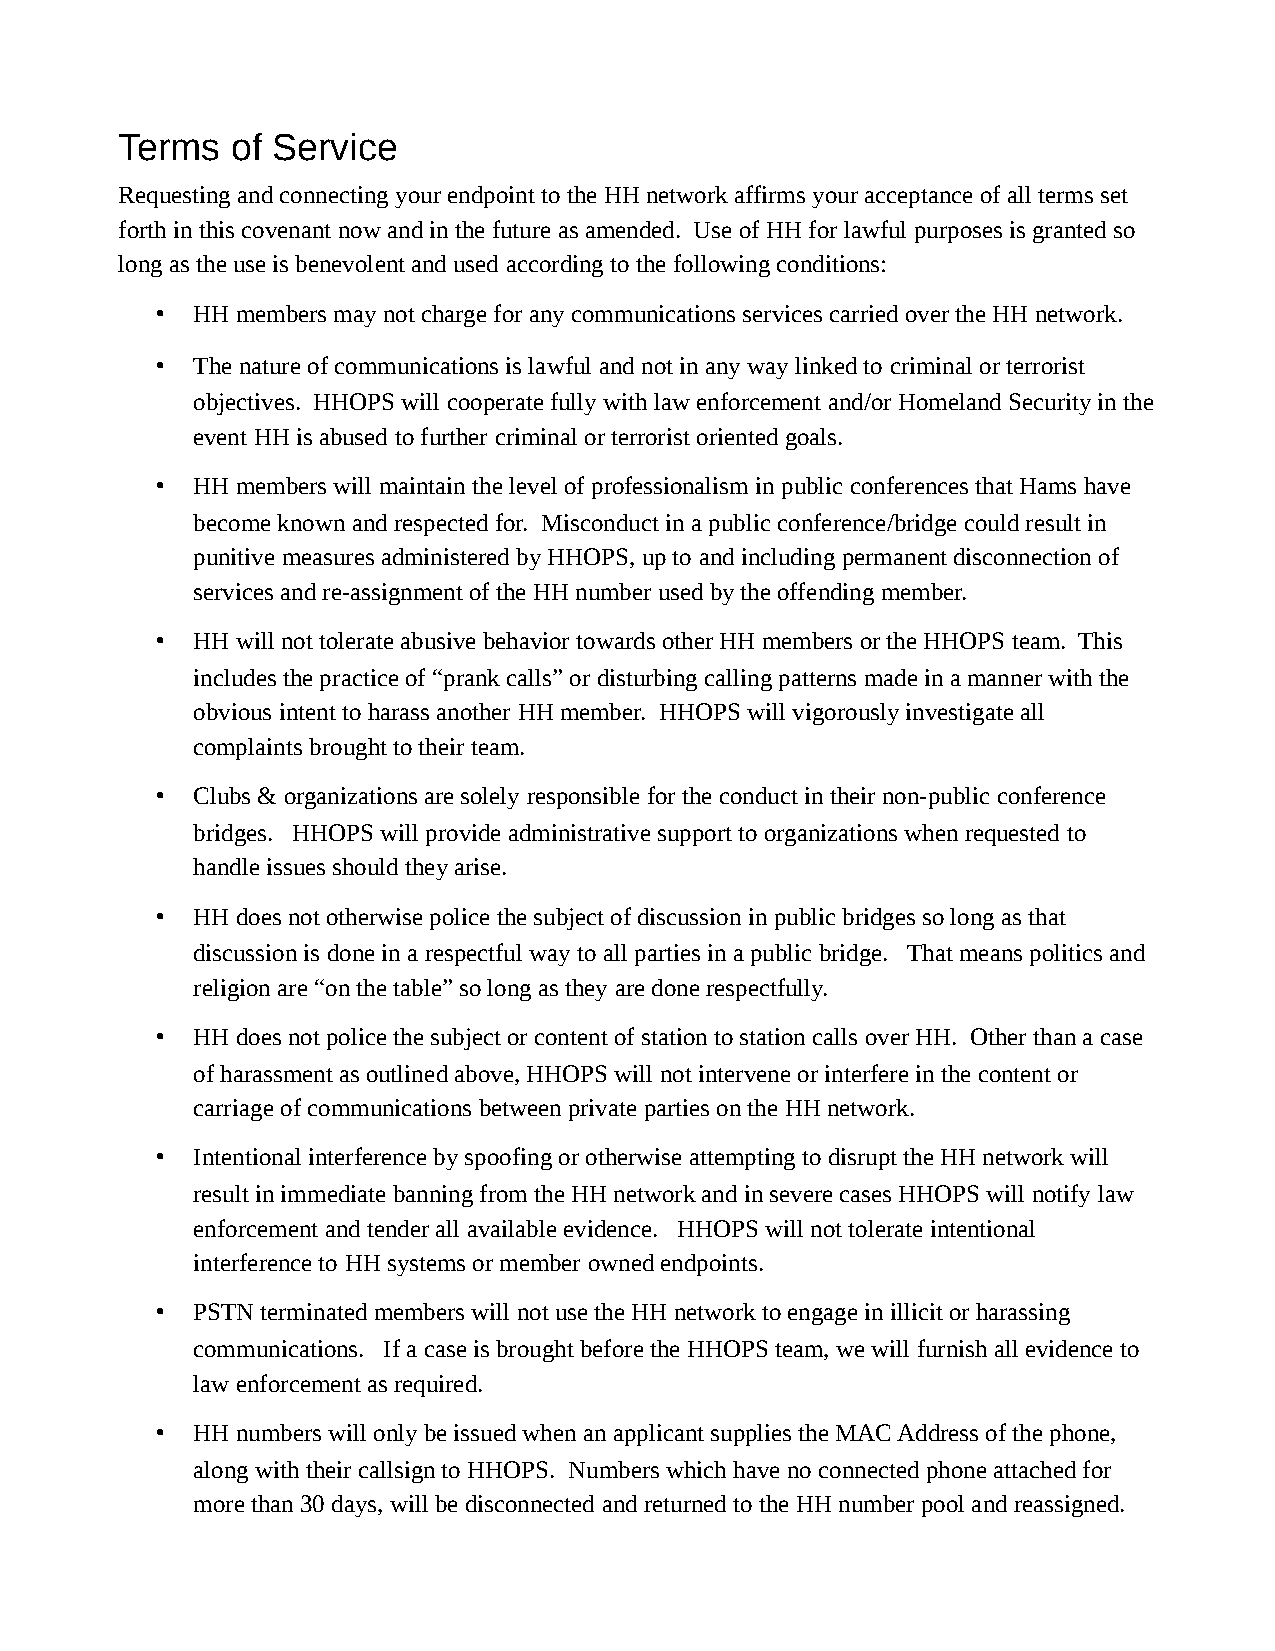
Terms  of Service
 Requesting and connecting your endpoint to the HH network affirms your acceptance of all terms set
 forth in this covenant now and in the future as amended. Use of HH for lawful purposes is granted so
 long as the use is benevolent and used according to the following conditions:
 •  HH members may not charge for any communications services carried over the HH network.
 •  The nature of communications is lawful and not in any way linked to criminal or terrorist
 objectives. HHOPS will cooperate fully with law enforcement and/or Homeland Security in the
 event HH is abused to further criminal or terrorist oriented goals.
 •  HH members will maintain the level of professionalism in public conferences that Hams have
 become known and respected for. Misconduct in a public conference/bridge could result in
 punitive measures administered by HHOPS, up to and including permanent disconnection of
 services and re-assignment of the HH number used by the offending member.
 •  HH will not tolerate abusive behavior towards other HH members or the HHOPS team. This
 includes the practice of “prank calls” or disturbing calling patterns made in a manner with the
 obvious intent to harass another HH member. HHOPS will vigorously investigate all
 complaints brought to their team.
 •  Clubs & organizations are solely responsible for the conduct in their non-public conference
 bridges. HHOPS will provide administrative support to organizations when requested to
 handle issues should they arise.
 •  HH does not otherwise police the subject of discussion in public bridges so long as that
 discussion is done in a respectful way to all parties in a public bridge. That means politics and
 religion are “on the table” so long as they are done respectfully.
 •  HH does not police the subject or content of station to station calls over HH. Other than a case
 of harassment as outlined above, HHOPS will not intervene or interfere in the content or
 carriage of communications between private parties on the HH network.
 •  Intentional interference by spoofing or otherwise attempting to disrupt the HH network will
 result in immediate banning from the HH network and in severe cases HHOPS will notify law
 enforcement and tender all available evidence. HHOPS will not tolerate intentional
 interference to HH systems or member owned endpoints.
 •  PSTN terminated members will not use the HH network to engage in illicit or harassing
 communications. If a case is brought before the HHOPS team, we will furnish all evidence to
 law enforcement as required.
 •  HH numbers will only be issued when an applicant supplies the MAC Address of the phone,
 along with their callsign to HHOPS. Numbers which have no connected phone attached for
 more than 30 days, will be disconnected and returned to the HH number pool and reassigned.